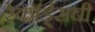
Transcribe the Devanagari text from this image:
रेकॉर्ड्सची